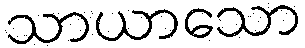
သာယာသော